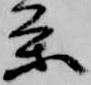
条